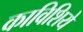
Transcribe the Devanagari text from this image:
काविशिये